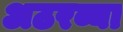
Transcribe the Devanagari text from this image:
अठरव्या